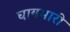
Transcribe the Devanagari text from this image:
घायमारी